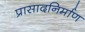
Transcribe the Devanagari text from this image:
प्रासादनिर्माण